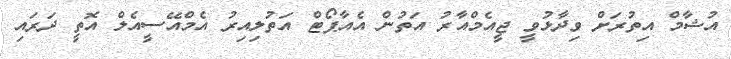
އުޝާމް އިތުރަށް ވިދާޅުވީ ޖީއެމްއާރު އަތުން އެއާޕޯޓް އަތުލިއިރު އެމްއޭސީއެލް އޮތީ ދަރައި